Newspaper: Nashville patriot. [volume]
Place of publication: Nashville, Tenn.
Publisher: Smith, Camp & Co.
Date: 1860-02-20 00:00:00
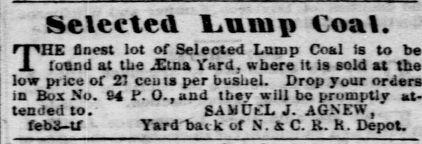
Advertisement text (OCR):
Selected Lump Coal. rpHE finest lot of Selected Lamp Coal ia to be JL loand at the Xut Yard, where tt is sold at the low price of 27 ceuis per busheL Drop your ia Box No. 84 P. 0.,and tbev will bo promptly at tended to. 6ACL J. AGNEW, febi-U Yard back of N. C. B. K. Depot.
Label: text-only